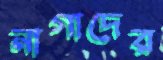
নাগাদের